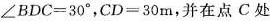
$$∠ B D C = 3 0 °$$，$$C D = 3 0 m$$，并在点C处